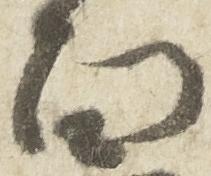
面